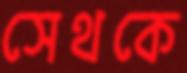
সেথকে